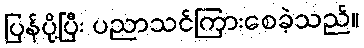
ပြန်ပို့ပြီး ပညာသင်ကြားစေခဲ့သည်။